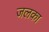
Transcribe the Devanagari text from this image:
जलका